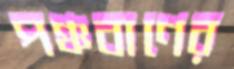
পঞ্চবাণের